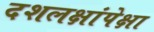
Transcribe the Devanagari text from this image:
दशलक्षांपेक्षा